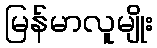
မြန်မာလူမျိုး